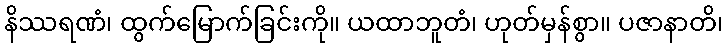
နိဿရဏံ၊ ထွက်မြောက်ခြင်းကို။ ယထာဘူတံ၊ ဟုတ်မှန်စွာ။ ပဇာနာတိ၊